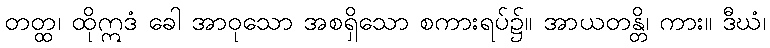
တတ္ထ၊ ထိုဣဒံ ခေါ အာဝုသော အစရှိသော စကားရပ်၌။ အာယတန္တိ၊ ကား။ ဒီဃံ၊